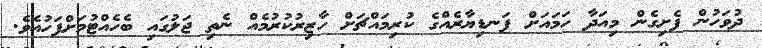
ދުވަހުން ފެށިގެން މިއަދާ ހަަމައަށް ފަނޑިޔާރެއްގެ ކުރިމައްޗަށް ހާޒިރުކުރުމެއް ނެތި ޖަލުގައި ބެހެއްޓުމަށްފަހުއެވެ.